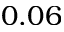
0 . 0 6